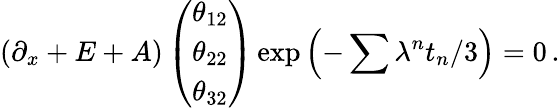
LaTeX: \left(\partial_{x}+E+A\right)\left(\begin{array}{c}{{\theta_{12}}}\\ {{\theta_{22}}}\\ {{\theta_{32}}}\end{array}\right)\exp\left(-\sum\lambda^{n}t_{n}/3\right)=0\, .